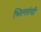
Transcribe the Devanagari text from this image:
भिल्लांची